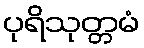
ပုရိသုတ္တမံ